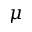
\mu